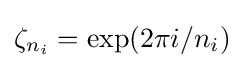
\zeta _{n_{i}}=\exp(2\pi i/n_{i})